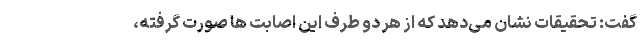
گفت: تحقیقات نشان می‌دهد که از هر دو طرف این اصابت ها صورت گرفته،